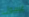
غسول